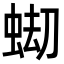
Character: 𧋤